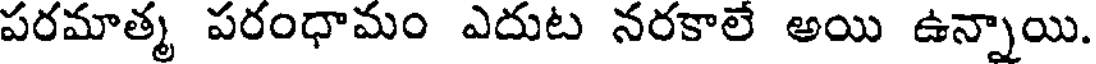
పరమాత్మ పరంధామం ఎదుట నరకాలే అయి ఉన్నాయి.